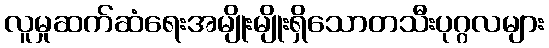
လူမှုဆက်ဆံရေးအမျိုးမျိုးရှိသောတသီးပုဂ္ဂလများ